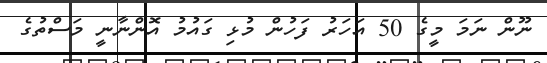
ނޫން ނަމަ މީގެ 50 އަހަރު ފަހުން މުޅި ގައުމު އޮންނާނީ މަސްތުގެ